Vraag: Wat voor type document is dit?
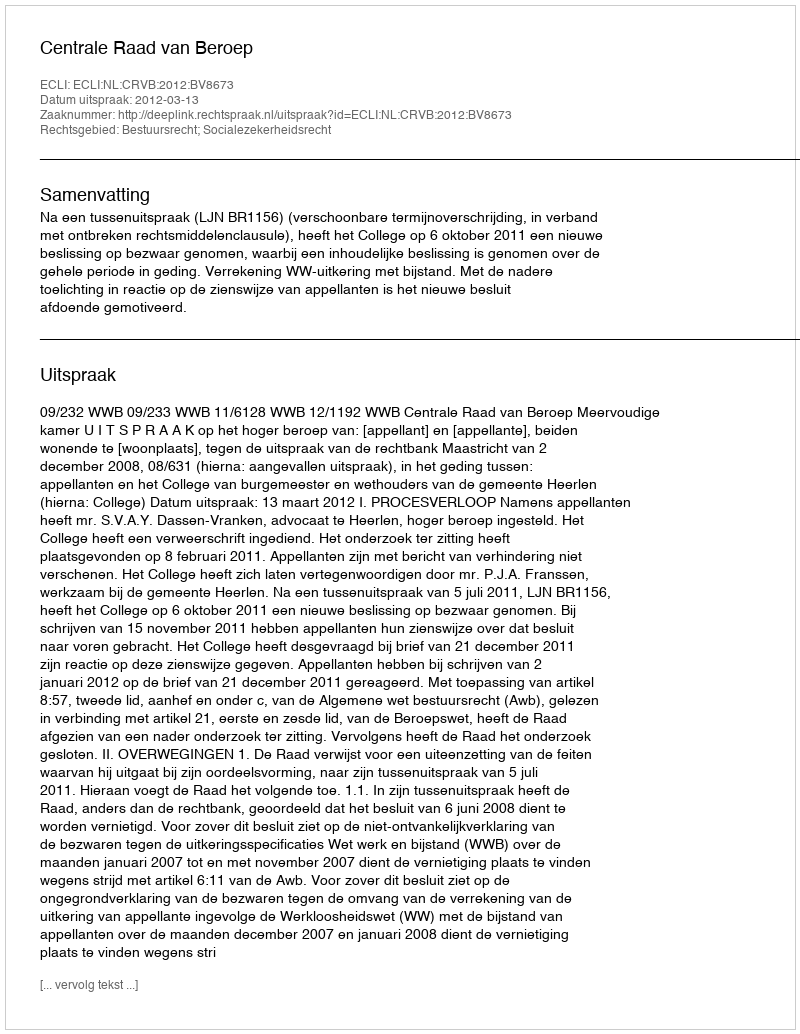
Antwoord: Uitspraak